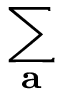
\sum _ { \mathbf { a } }